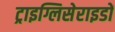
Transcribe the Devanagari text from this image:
ट्राइग्लिसेराइडों